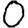
Digit: 0